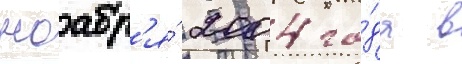
ноабр'я́ 2004 го́да в